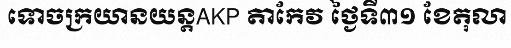
ទោចក្រយានយន្តAKP តាកែវ ថ្ងៃទី៣១ ខែតុលា